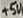
Text: +5V